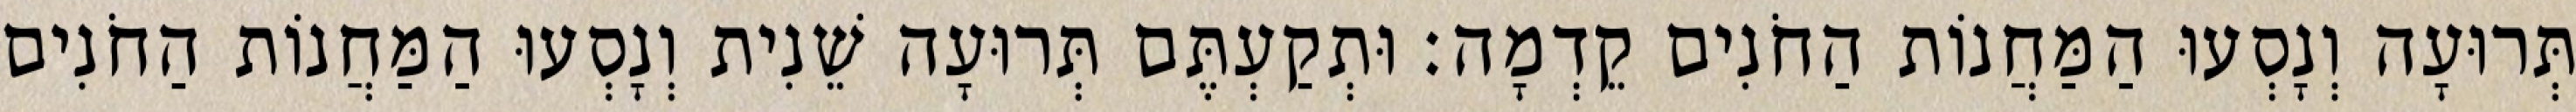
תְּרוּעָה וְנָסְעוּ הַמַּחֲנוֹת הַחֹנִים קֵדְמָה׃ וּתְקַעְתֶּם תְּרוּעָה שֵׁנִית וְנָסְעוּ הַמַּחֲנוֹת הַחֹנִים